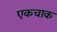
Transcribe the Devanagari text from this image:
एकचाक